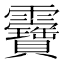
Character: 𩇉